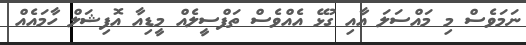
ނަމަވެސް މި މައްސަލަ އާއި ގުޅޭ އެއްވެސް ތަފްސީލެއް މީޑިއާ އޮފިޝަލް ހާމައެއް